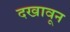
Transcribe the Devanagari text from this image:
दखावून